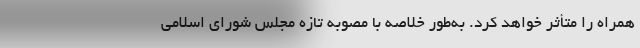
همراه را متأثر خواهد کرد. به‌طور خلاصه با مصوبه تازه مجلس شورای اسلامی